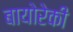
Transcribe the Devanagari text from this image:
बायोरेकी